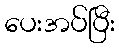
ပေးအပ်ပြီး